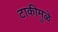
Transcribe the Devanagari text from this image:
टाकीमुळे